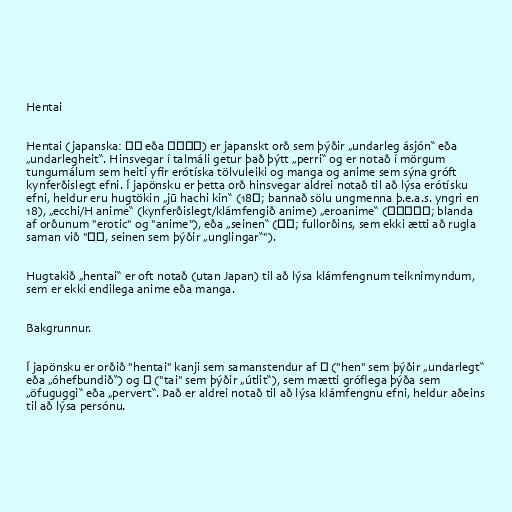
Hentai

Hentai (japanska: 変態 eða へんたい) er japanskt orð sem þýðir „undarleg ásjón“ eða
„undarlegheit“. Hinsvegar í talmáli getur það þýtt „perri“ og er notað í mörgum
tungumálum sem heiti yfir erótíska tölvuleiki og manga og anime sem sýna gróft
kynferðislegt efni. Í japönsku er þetta orð hinsvegar aldrei notað til að lýsa erótísku
efni, heldur eru hugtökin „jū hachi kin“ (18禁; bannað sölu ungmenna þ.e.a.s. yngri en
18), „ecchi/H anime“ (kynferðislegt/klámfengið anime) „eroanime“ (エロアニメ; blanda
af orðunum "erotic" og "anime"), eða „seinen“ (成年; fullorðins, sem ekki ætti að rugla
saman við "青年, seinen sem þýðir „unglingar“").

Hugtakið „hentai“ er oft notað (utan Japan) til að lýsa klámfengnum teiknimyndum,
sem er ekki endilega anime eða manga.

Bakgrunnur.

Í japönsku er orðið "hentai" kanji sem samanstendur af 変 ("hen" sem þýðir „undarlegt“
eða „óhefbundið“) og 態 ("tai" sem þýðir „útlit“), sem mætti gróflega þýða sem
„öfuguggi“ eða „pervert“. Það er aldrei notað til að lýsa klámfengnu efni, heldur aðeins
til að lýsa persónu.